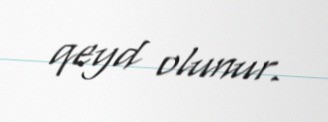
qeyd olunur.